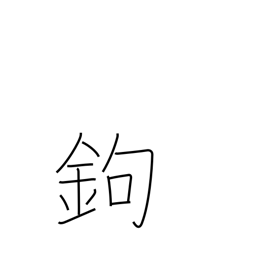
Meaning: gaff